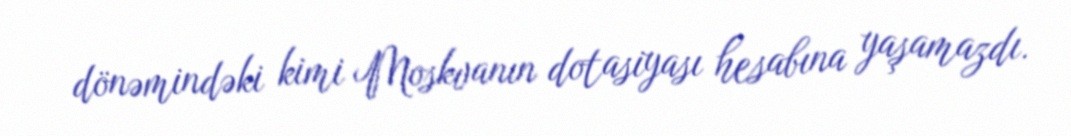
dönəmindəki kimi Moskvanın dotasiyası hesabına yaşamazdı.